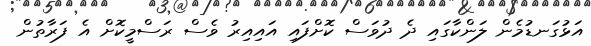
އަޅުގަނޑުމެން ލަންކާގައި ދެ ދުވަސް ކޮށްފައި އައިއިރު ވެސް ރަސްމީކޮށް އެ ފަރާތުން